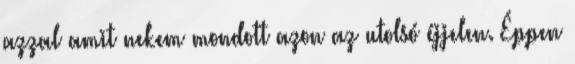
azzal amit nekem mondott azon az utolsó éjjelen. Éppen